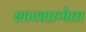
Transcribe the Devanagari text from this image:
शास्त्रप्रणेता